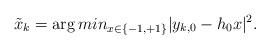
LaTeX: \begin{align*}\tilde{x}_{k} = \arg min_{x \in \{-1, +1\}} |y_{k, 0} - h_{0}x|^2.\end{align*}